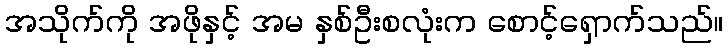
အသိုက်ကို အဖိုနှင့် အမ နှစ်ဦးစလုံးက စောင့်ရှောက်သည်။